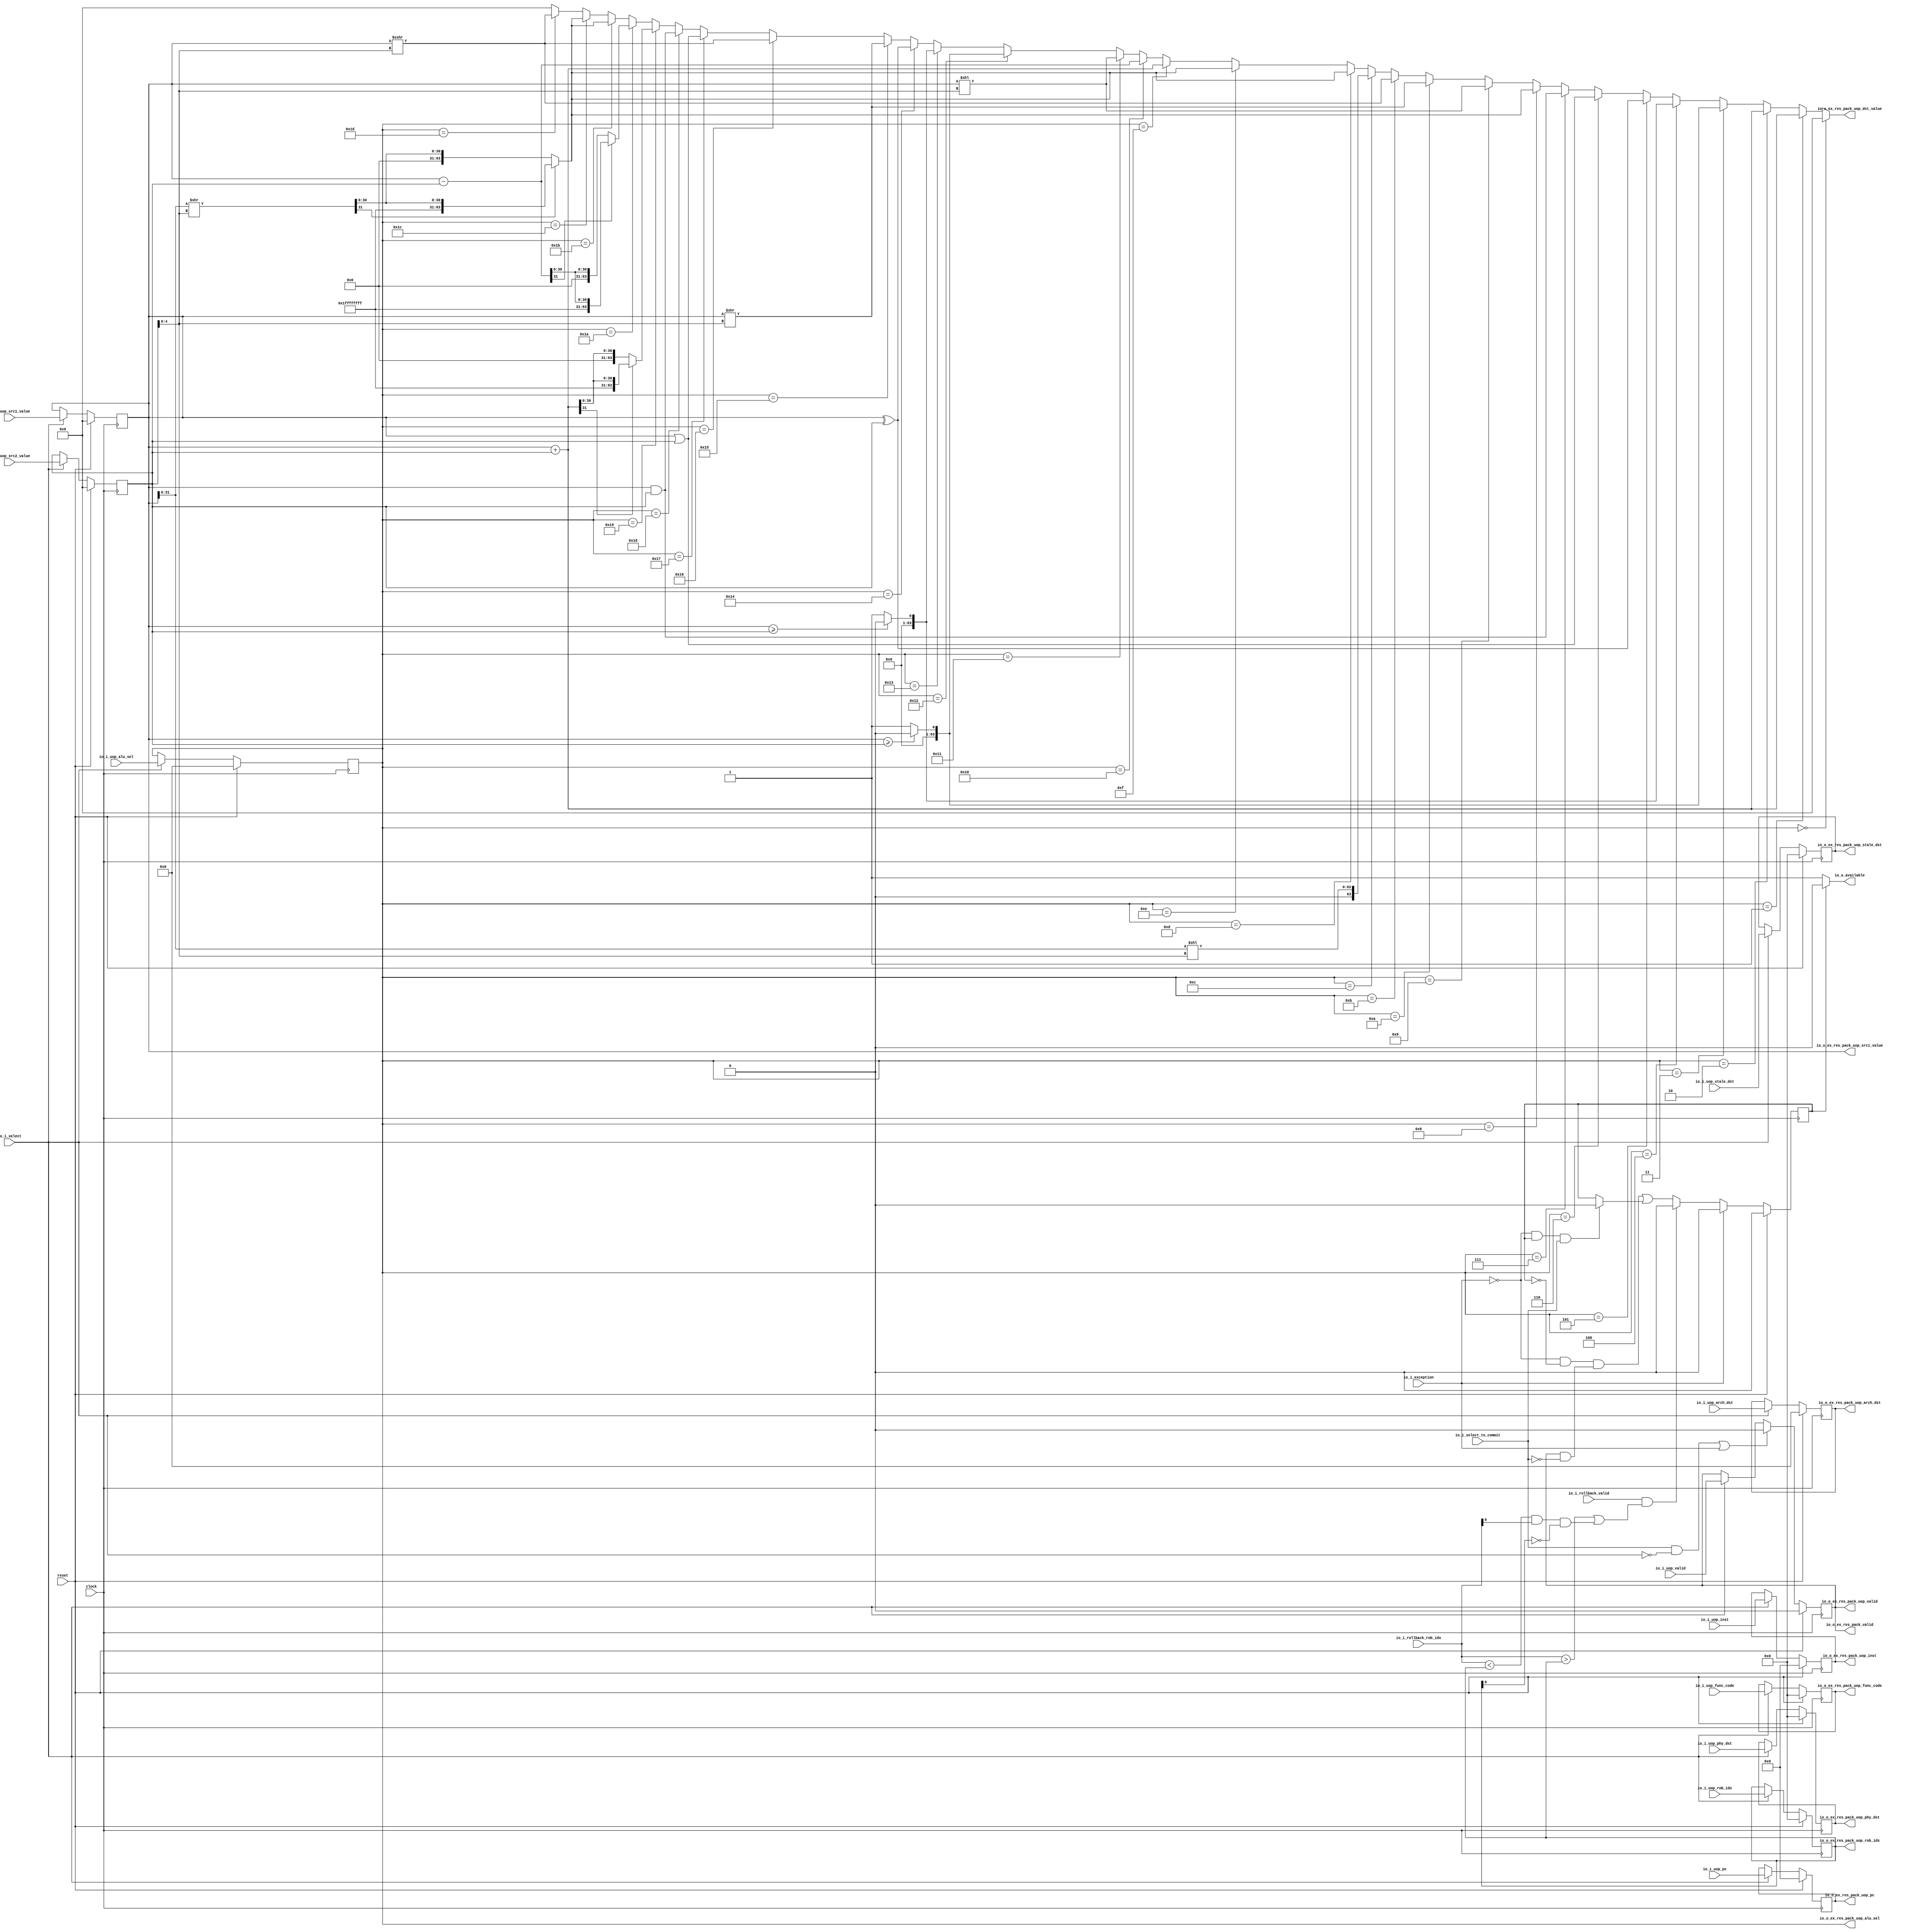
module ALU(
  input         clock,
  input         reset,
  input         io_i_uop_valid,
  input  [31:0] io_i_uop_pc,
  input  [31:0] io_i_uop_inst,
  input  [6:0]  io_i_uop_func_code,
  input  [6:0]  io_i_uop_phy_dst,
  input  [6:0]  io_i_uop_stale_dst,
  input  [4:0]  io_i_uop_arch_dst,
  input  [6:0]  io_i_uop_rob_idx,
  input  [63:0] io_i_uop_src1_value,
  input  [63:0] io_i_uop_src2_value,
  input  [4:0]  io_i_uop_alu_sel,
  input         io_i_select,
  input         io_i_select_to_commit,
  output        io_o_ex_res_pack_valid,
  output        io_o_ex_res_pack_uop_valid,
  output [31:0] io_o_ex_res_pack_uop_pc,
  output [31:0] io_o_ex_res_pack_uop_inst,
  output [6:0]  io_o_ex_res_pack_uop_func_code,
  output [6:0]  io_o_ex_res_pack_uop_phy_dst,
  output [6:0]  io_o_ex_res_pack_uop_stale_dst,
  output [4:0]  io_o_ex_res_pack_uop_arch_dst,
  output [6:0]  io_o_ex_res_pack_uop_rob_idx,
  output [63:0] io_o_ex_res_pack_uop_dst_value,
  output [63:0] io_o_ex_res_pack_uop_src1_value,
  output [4:0]  io_o_ex_res_pack_uop_alu_sel,
  output        io_o_available,
  input         io_i_exception,
  input         io_i_rollback_valid,
  input  [6:0]  io_i_rollback_rob_idx
);
`ifdef RANDOMIZE_REG_INIT
  reg [31:0] _RAND_0;
  reg [31:0] _RAND_1;
  reg [31:0] _RAND_2;
  reg [31:0] _RAND_3;
  reg [31:0] _RAND_4;
  reg [31:0] _RAND_5;
  reg [31:0] _RAND_6;
  reg [31:0] _RAND_7;
  reg [31:0] _RAND_8;
  reg [63:0] _RAND_9;
  reg [63:0] _RAND_10;
  reg [31:0] _RAND_11;
`endif // RANDOMIZE_REG_INIT
  reg  state; // @[execute_unit.scala 43:24]
  reg  uop_valid; // @[execute_unit.scala 46:22]
  reg [31:0] uop_pc; // @[execute_unit.scala 46:22]
  reg [31:0] uop_inst; // @[execute_unit.scala 46:22]
  reg [6:0] uop_func_code; // @[execute_unit.scala 46:22]
  reg [6:0] uop_phy_dst; // @[execute_unit.scala 46:22]
  reg [6:0] uop_stale_dst; // @[execute_unit.scala 46:22]
  reg [4:0] uop_arch_dst; // @[execute_unit.scala 46:22]
  reg [6:0] uop_rob_idx; // @[execute_unit.scala 46:22]
  reg [63:0] uop_src1_value; // @[execute_unit.scala 46:22]
  reg [63:0] uop_src2_value; // @[execute_unit.scala 46:22]
  reg [4:0] uop_alu_sel; // @[execute_unit.scala 46:22]
  wire  _io_o_ex_res_pack_uop_dst_value_T = uop_alu_sel == 5'h0; // @[execute_unit.scala 79:22]
  wire  _io_o_ex_res_pack_uop_dst_value_T_1 = uop_alu_sel == 5'h1; // @[execute_unit.scala 80:22]
  wire [63:0] _io_o_ex_res_pack_uop_dst_value_T_3 = uop_src1_value + uop_src2_value; // @[execute_unit.scala 80:48]
  wire  _io_o_ex_res_pack_uop_dst_value_T_4 = uop_alu_sel == 5'h2; // @[execute_unit.scala 81:22]
  wire  _io_o_ex_res_pack_uop_dst_value_T_7 = uop_alu_sel == 5'h3; // @[execute_unit.scala 82:22]
  wire  _io_o_ex_res_pack_uop_dst_value_T_11 = $signed(uop_src1_value) >= $signed(uop_src2_value) ? 1'h0 : 1'h1; // @[execute_unit.scala 82:46]
  wire  _io_o_ex_res_pack_uop_dst_value_T_12 = uop_alu_sel == 5'h4; // @[execute_unit.scala 83:22]
  wire  _io_o_ex_res_pack_uop_dst_value_T_14 = uop_src1_value >= uop_src2_value ? 1'h0 : 1'h1; // @[execute_unit.scala 83:45]
  wire  _io_o_ex_res_pack_uop_dst_value_T_15 = uop_alu_sel == 5'h5; // @[execute_unit.scala 84:22]
  wire [63:0] _io_o_ex_res_pack_uop_dst_value_T_16 = uop_src1_value ^ uop_src2_value; // @[execute_unit.scala 84:47]
  wire  _io_o_ex_res_pack_uop_dst_value_T_17 = uop_alu_sel == 5'h6; // @[execute_unit.scala 85:22]
  wire [63:0] _io_o_ex_res_pack_uop_dst_value_T_18 = uop_src1_value | uop_src2_value; // @[execute_unit.scala 85:47]
  wire  _io_o_ex_res_pack_uop_dst_value_T_19 = uop_alu_sel == 5'h7; // @[execute_unit.scala 86:22]
  wire [63:0] _io_o_ex_res_pack_uop_dst_value_T_20 = uop_src1_value & uop_src2_value; // @[execute_unit.scala 86:47]
  wire  _io_o_ex_res_pack_uop_dst_value_T_21 = uop_alu_sel == 5'h8; // @[execute_unit.scala 87:22]
  wire [31:0] _io_o_ex_res_pack_uop_dst_value_intermediate_T_17 = uop_src1_value[31:0] >> uop_src2_value[4:0]; // @[execute_unit.scala 107:75]
  wire [63:0] intermediate = {{32'd0}, _io_o_ex_res_pack_uop_dst_value_intermediate_T_17}; // @[execute_unit.scala 75:28 107:55]
  wire [63:0] _io_o_ex_res_pack_uop_dst_value_T_26 = {32'hffffffff,intermediate[31:0]}; // @[Cat.scala 33:92]
  wire [63:0] _io_o_ex_res_pack_uop_dst_value_T_27 = ~intermediate[31] ? {{32'd0}, intermediate[31:0]} :
    _io_o_ex_res_pack_uop_dst_value_T_26; // @[execute_unit.scala 87:80]
  wire  _io_o_ex_res_pack_uop_dst_value_T_28 = uop_alu_sel == 5'h9; // @[execute_unit.scala 88:22]
  wire [94:0] _GEN_0 = {{31'd0}, uop_src1_value}; // @[execute_unit.scala 88:53]
  wire [94:0] _io_o_ex_res_pack_uop_dst_value_T_31 = _GEN_0 << uop_src2_value[4:0]; // @[execute_unit.scala 88:53]
  wire  _io_o_ex_res_pack_uop_dst_value_T_32 = uop_alu_sel == 5'ha; // @[execute_unit.scala 89:22]
  wire [63:0] _io_o_ex_res_pack_uop_dst_value_T_35 = uop_src1_value >> uop_src2_value[4:0]; // @[execute_unit.scala 89:60]
  wire  _io_o_ex_res_pack_uop_dst_value_T_36 = uop_alu_sel == 5'hb; // @[execute_unit.scala 90:22]
  wire [63:0] _io_o_ex_res_pack_uop_dst_value_T_41 = $signed(uop_src1_value) >>> uop_src2_value[4:0]; // @[execute_unit.scala 90:73]
  wire  _io_o_ex_res_pack_uop_dst_value_T_42 = uop_alu_sel == 5'hc; // @[execute_unit.scala 91:22]
  wire [62:0] _GEN_2 = {{31'd0}, uop_src1_value[31:0]}; // @[execute_unit.scala 91:60]
  wire [62:0] _io_o_ex_res_pack_uop_dst_value_T_45 = _GEN_2 << uop_src2_value[4:0]; // @[execute_unit.scala 91:60]
  wire  _io_o_ex_res_pack_uop_dst_value_T_46 = uop_alu_sel == 5'hd; // @[execute_unit.scala 92:22]
  wire [63:0] _io_o_ex_res_pack_uop_dst_value_T_52 = intermediate[31] ? _io_o_ex_res_pack_uop_dst_value_T_26 : {{32
    'd0}, intermediate[31:0]}; // @[execute_unit.scala 92:99]
  wire  _io_o_ex_res_pack_uop_dst_value_T_53 = uop_alu_sel == 5'he; // @[execute_unit.scala 93:22]
  wire  _io_o_ex_res_pack_uop_dst_value_T_60 = uop_alu_sel == 5'hf; // @[execute_unit.scala 94:22]
  wire  _io_o_ex_res_pack_uop_dst_value_T_63 = uop_alu_sel == 5'h10; // @[execute_unit.scala 95:22]
  wire [63:0] _io_o_ex_res_pack_uop_dst_value_T_65 = uop_src1_value - uop_src2_value; // @[execute_unit.scala 95:47]
  wire  _io_o_ex_res_pack_uop_dst_value_T_66 = uop_alu_sel == 5'h11; // @[execute_unit.scala 96:22]
  wire  _io_o_ex_res_pack_uop_dst_value_T_70 = uop_alu_sel == 5'h12; // @[execute_unit.scala 97:22]
  wire  _io_o_ex_res_pack_uop_dst_value_T_75 = uop_alu_sel == 5'h13; // @[execute_unit.scala 98:22]
  wire  _io_o_ex_res_pack_uop_dst_value_T_78 = uop_alu_sel == 5'h14; // @[execute_unit.scala 99:22]
  wire  _io_o_ex_res_pack_uop_dst_value_T_80 = uop_alu_sel == 5'h15; // @[execute_unit.scala 100:22]
  wire  _io_o_ex_res_pack_uop_dst_value_T_83 = uop_alu_sel == 5'h16; // @[execute_unit.scala 101:22]
  wire  _io_o_ex_res_pack_uop_dst_value_T_88 = uop_alu_sel == 5'h17; // @[execute_unit.scala 102:22]
  wire  _io_o_ex_res_pack_uop_dst_value_T_90 = uop_alu_sel == 5'h18; // @[execute_unit.scala 103:22]
  wire  _io_o_ex_res_pack_uop_dst_value_T_92 = uop_alu_sel == 5'h19; // @[execute_unit.scala 104:22]
  wire [63:0] _io_o_ex_res_pack_uop_dst_value_T_103 = {32'hffffffff,_io_o_ex_res_pack_uop_dst_value_T_3[31:0]}; // @[Cat.scala 33:92]
  wire [63:0] _io_o_ex_res_pack_uop_dst_value_T_104 = ~_io_o_ex_res_pack_uop_dst_value_T_3[31] ? {{32'd0},
    _io_o_ex_res_pack_uop_dst_value_T_3[31:0]} : _io_o_ex_res_pack_uop_dst_value_T_103; // @[execute_unit.scala 104:45]
  wire  _io_o_ex_res_pack_uop_dst_value_T_105 = uop_alu_sel == 5'h1a; // @[execute_unit.scala 105:22]
  wire [63:0] _io_o_ex_res_pack_uop_dst_value_T_116 = {32'hffffffff,_io_o_ex_res_pack_uop_dst_value_T_65[31:0]}; // @[Cat.scala 33:92]
  wire [63:0] _io_o_ex_res_pack_uop_dst_value_T_117 = ~_io_o_ex_res_pack_uop_dst_value_T_65[31] ? {{32'd0},
    _io_o_ex_res_pack_uop_dst_value_T_65[31:0]} : _io_o_ex_res_pack_uop_dst_value_T_116; // @[execute_unit.scala 105:45]
  wire  _io_o_ex_res_pack_uop_dst_value_T_118 = uop_alu_sel == 5'h1b; // @[execute_unit.scala 106:22]
  wire  _io_o_ex_res_pack_uop_dst_value_T_125 = uop_alu_sel == 5'h1c; // @[execute_unit.scala 107:22]
  wire  _io_o_ex_res_pack_uop_dst_value_T_132 = uop_alu_sel == 5'h1d; // @[execute_unit.scala 108:22]
  wire [63:0] _io_o_ex_res_pack_uop_dst_value_T_137 = _io_o_ex_res_pack_uop_dst_value_T_132 ?
    _io_o_ex_res_pack_uop_dst_value_T_41 : 64'h0; // @[Mux.scala 101:16]
  wire [63:0] _io_o_ex_res_pack_uop_dst_value_T_138 = _io_o_ex_res_pack_uop_dst_value_T_125 ?
    _io_o_ex_res_pack_uop_dst_value_T_27 : _io_o_ex_res_pack_uop_dst_value_T_137; // @[Mux.scala 101:16]
  wire [63:0] _io_o_ex_res_pack_uop_dst_value_T_139 = _io_o_ex_res_pack_uop_dst_value_T_118 ?
    _io_o_ex_res_pack_uop_dst_value_T_27 : _io_o_ex_res_pack_uop_dst_value_T_138; // @[Mux.scala 101:16]
  wire [63:0] _io_o_ex_res_pack_uop_dst_value_T_140 = _io_o_ex_res_pack_uop_dst_value_T_105 ?
    _io_o_ex_res_pack_uop_dst_value_T_117 : _io_o_ex_res_pack_uop_dst_value_T_139; // @[Mux.scala 101:16]
  wire [63:0] _io_o_ex_res_pack_uop_dst_value_T_141 = _io_o_ex_res_pack_uop_dst_value_T_92 ?
    _io_o_ex_res_pack_uop_dst_value_T_104 : _io_o_ex_res_pack_uop_dst_value_T_140; // @[Mux.scala 101:16]
  wire [63:0] _io_o_ex_res_pack_uop_dst_value_T_142 = _io_o_ex_res_pack_uop_dst_value_T_90 ?
    _io_o_ex_res_pack_uop_dst_value_T_20 : _io_o_ex_res_pack_uop_dst_value_T_141; // @[Mux.scala 101:16]
  wire [63:0] _io_o_ex_res_pack_uop_dst_value_T_143 = _io_o_ex_res_pack_uop_dst_value_T_88 ?
    _io_o_ex_res_pack_uop_dst_value_T_18 : _io_o_ex_res_pack_uop_dst_value_T_142; // @[Mux.scala 101:16]
  wire [63:0] _io_o_ex_res_pack_uop_dst_value_T_144 = _io_o_ex_res_pack_uop_dst_value_T_83 ?
    _io_o_ex_res_pack_uop_dst_value_T_41 : _io_o_ex_res_pack_uop_dst_value_T_143; // @[Mux.scala 101:16]
  wire [63:0] _io_o_ex_res_pack_uop_dst_value_T_145 = _io_o_ex_res_pack_uop_dst_value_T_80 ?
    _io_o_ex_res_pack_uop_dst_value_T_35 : _io_o_ex_res_pack_uop_dst_value_T_144; // @[Mux.scala 101:16]
  wire [63:0] _io_o_ex_res_pack_uop_dst_value_T_146 = _io_o_ex_res_pack_uop_dst_value_T_78 ?
    _io_o_ex_res_pack_uop_dst_value_T_16 : _io_o_ex_res_pack_uop_dst_value_T_145; // @[Mux.scala 101:16]
  wire [63:0] _io_o_ex_res_pack_uop_dst_value_T_147 = _io_o_ex_res_pack_uop_dst_value_T_75 ? {{63'd0},
    _io_o_ex_res_pack_uop_dst_value_T_14} : _io_o_ex_res_pack_uop_dst_value_T_146; // @[Mux.scala 101:16]
  wire [63:0] _io_o_ex_res_pack_uop_dst_value_T_148 = _io_o_ex_res_pack_uop_dst_value_T_70 ? {{63'd0},
    _io_o_ex_res_pack_uop_dst_value_T_11} : _io_o_ex_res_pack_uop_dst_value_T_147; // @[Mux.scala 101:16]
  wire [94:0] _io_o_ex_res_pack_uop_dst_value_T_149 = _io_o_ex_res_pack_uop_dst_value_T_66 ?
    _io_o_ex_res_pack_uop_dst_value_T_31 : {{31'd0}, _io_o_ex_res_pack_uop_dst_value_T_148}; // @[Mux.scala 101:16]
  wire [94:0] _io_o_ex_res_pack_uop_dst_value_T_150 = _io_o_ex_res_pack_uop_dst_value_T_63 ? {{31'd0},
    _io_o_ex_res_pack_uop_dst_value_T_65} : _io_o_ex_res_pack_uop_dst_value_T_149; // @[Mux.scala 101:16]
  wire [94:0] _io_o_ex_res_pack_uop_dst_value_T_151 = _io_o_ex_res_pack_uop_dst_value_T_60 ? {{31'd0},
    _io_o_ex_res_pack_uop_dst_value_T_3} : _io_o_ex_res_pack_uop_dst_value_T_150; // @[Mux.scala 101:16]
  wire [94:0] _io_o_ex_res_pack_uop_dst_value_T_152 = _io_o_ex_res_pack_uop_dst_value_T_53 ? {{31'd0},
    _io_o_ex_res_pack_uop_dst_value_T_52} : _io_o_ex_res_pack_uop_dst_value_T_151; // @[Mux.scala 101:16]
  wire [94:0] _io_o_ex_res_pack_uop_dst_value_T_153 = _io_o_ex_res_pack_uop_dst_value_T_46 ? {{31'd0},
    _io_o_ex_res_pack_uop_dst_value_T_52} : _io_o_ex_res_pack_uop_dst_value_T_152; // @[Mux.scala 101:16]
  wire [94:0] _io_o_ex_res_pack_uop_dst_value_T_154 = _io_o_ex_res_pack_uop_dst_value_T_42 ? {{32'd0},
    _io_o_ex_res_pack_uop_dst_value_T_45} : _io_o_ex_res_pack_uop_dst_value_T_153; // @[Mux.scala 101:16]
  wire [94:0] _io_o_ex_res_pack_uop_dst_value_T_155 = _io_o_ex_res_pack_uop_dst_value_T_36 ? {{31'd0},
    _io_o_ex_res_pack_uop_dst_value_T_41} : _io_o_ex_res_pack_uop_dst_value_T_154; // @[Mux.scala 101:16]
  wire [94:0] _io_o_ex_res_pack_uop_dst_value_T_156 = _io_o_ex_res_pack_uop_dst_value_T_32 ? {{31'd0},
    _io_o_ex_res_pack_uop_dst_value_T_35} : _io_o_ex_res_pack_uop_dst_value_T_155; // @[Mux.scala 101:16]
  wire [94:0] _io_o_ex_res_pack_uop_dst_value_T_157 = _io_o_ex_res_pack_uop_dst_value_T_28 ?
    _io_o_ex_res_pack_uop_dst_value_T_31 : _io_o_ex_res_pack_uop_dst_value_T_156; // @[Mux.scala 101:16]
  wire [94:0] _io_o_ex_res_pack_uop_dst_value_T_158 = _io_o_ex_res_pack_uop_dst_value_T_21 ? {{31'd0},
    _io_o_ex_res_pack_uop_dst_value_T_27} : _io_o_ex_res_pack_uop_dst_value_T_157; // @[Mux.scala 101:16]
  wire [94:0] _io_o_ex_res_pack_uop_dst_value_T_159 = _io_o_ex_res_pack_uop_dst_value_T_19 ? {{31'd0},
    _io_o_ex_res_pack_uop_dst_value_T_20} : _io_o_ex_res_pack_uop_dst_value_T_158; // @[Mux.scala 101:16]
  wire [94:0] _io_o_ex_res_pack_uop_dst_value_T_160 = _io_o_ex_res_pack_uop_dst_value_T_17 ? {{31'd0},
    _io_o_ex_res_pack_uop_dst_value_T_18} : _io_o_ex_res_pack_uop_dst_value_T_159; // @[Mux.scala 101:16]
  wire [94:0] _io_o_ex_res_pack_uop_dst_value_T_161 = _io_o_ex_res_pack_uop_dst_value_T_15 ? {{31'd0},
    _io_o_ex_res_pack_uop_dst_value_T_16} : _io_o_ex_res_pack_uop_dst_value_T_160; // @[Mux.scala 101:16]
  wire [94:0] _io_o_ex_res_pack_uop_dst_value_T_162 = _io_o_ex_res_pack_uop_dst_value_T_12 ? {{94'd0},
    _io_o_ex_res_pack_uop_dst_value_T_14} : _io_o_ex_res_pack_uop_dst_value_T_161; // @[Mux.scala 101:16]
  wire [94:0] _io_o_ex_res_pack_uop_dst_value_T_163 = _io_o_ex_res_pack_uop_dst_value_T_7 ? {{94'd0},
    _io_o_ex_res_pack_uop_dst_value_T_11} : _io_o_ex_res_pack_uop_dst_value_T_162; // @[Mux.scala 101:16]
  wire [94:0] _io_o_ex_res_pack_uop_dst_value_T_164 = _io_o_ex_res_pack_uop_dst_value_T_4 ? {{31'd0},
    _io_o_ex_res_pack_uop_dst_value_T_3} : _io_o_ex_res_pack_uop_dst_value_T_163; // @[Mux.scala 101:16]
  wire [94:0] _io_o_ex_res_pack_uop_dst_value_T_165 = _io_o_ex_res_pack_uop_dst_value_T_1 ? {{31'd0},
    _io_o_ex_res_pack_uop_dst_value_T_3} : _io_o_ex_res_pack_uop_dst_value_T_164; // @[Mux.scala 101:16]
  wire [94:0] _io_o_ex_res_pack_uop_dst_value_T_166 = _io_o_ex_res_pack_uop_dst_value_T ? 95'h0 :
    _io_o_ex_res_pack_uop_dst_value_T_165; // @[Mux.scala 101:16]
  wire  _next_state_T_7 = io_i_rollback_rob_idx < uop_rob_idx & io_i_rollback_rob_idx[6] & ~uop_rob_idx[6]; // @[execute_unit.scala 117:84]
  wire  _next_state_T_9 = io_i_rollback_valid & (io_i_rollback_rob_idx > uop_rob_idx | _next_state_T_7); // @[execute_unit.scala 116:30]
  wire  _next_state_T_10 = ~io_i_exception; // @[execute_unit.scala 118:10]
  wire  _next_state_T_15 = ~io_i_exception & ~state & (uop_valid & ~io_i_select_to_commit); // @[execute_unit.scala 118:50]
  wire  _next_state_T_19 = _next_state_T_10 & state & io_i_select_to_commit; // @[execute_unit.scala 119:50]
  wire  _next_state_T_20 = _next_state_T_19 ? 1'h0 : state; // @[Mux.scala 101:16]
  wire  _next_state_T_22 = _next_state_T_9 ? 1'h0 : _next_state_T_15 | _next_state_T_20; // @[Mux.scala 101:16]
  wire  _next_state_T_23 = io_i_exception ? 1'h0 : _next_state_T_22; // @[Mux.scala 101:16]
  wire [1:0] next_state = {{1'd0}, _next_state_T_23}; // @[execute_unit.scala 114:16 44:26]
  wire [1:0] _GEN_1 = reset ? 2'h0 : next_state; // @[execute_unit.scala 43:{24,24} 45:11]
  assign io_o_ex_res_pack_valid = uop_valid; // @[execute_unit.scala 58:28]
  assign io_o_ex_res_pack_uop_valid = uop_valid; // @[execute_unit.scala 57:26]
  assign io_o_ex_res_pack_uop_pc = uop_pc; // @[execute_unit.scala 57:26]
  assign io_o_ex_res_pack_uop_inst = uop_inst; // @[execute_unit.scala 57:26]
  assign io_o_ex_res_pack_uop_func_code = uop_func_code; // @[execute_unit.scala 57:26]
  assign io_o_ex_res_pack_uop_phy_dst = uop_phy_dst; // @[execute_unit.scala 57:26]
  assign io_o_ex_res_pack_uop_stale_dst = uop_stale_dst; // @[execute_unit.scala 57:26]
  assign io_o_ex_res_pack_uop_arch_dst = uop_arch_dst; // @[execute_unit.scala 57:26]
  assign io_o_ex_res_pack_uop_rob_idx = uop_rob_idx; // @[execute_unit.scala 57:26]
  assign io_o_ex_res_pack_uop_dst_value = _io_o_ex_res_pack_uop_dst_value_T_166[63:0]; // @[execute_unit.scala 78:36]
  assign io_o_ex_res_pack_uop_src1_value = uop_src1_value; // @[execute_unit.scala 57:26]
  assign io_o_ex_res_pack_uop_alu_sel = uop_alu_sel; // @[execute_unit.scala 57:26]
  assign io_o_available = state ? 1'h0 : 1'h1; // @[execute_unit.scala 122:26]
  always @(posedge clock) begin
    state <= _GEN_1[0]; // @[execute_unit.scala 43:{24,24} 45:11]
    if (reset) begin // @[execute_unit.scala 46:22]
      uop_valid <= 1'h0; // @[execute_unit.scala 46:22]
    end else if (io_i_select_to_commit & ~io_i_select | io_i_exception) begin // @[execute_unit.scala 49:66]
      uop_valid <= 1'h0; // @[execute_unit.scala 50:23]
    end else if (io_i_select) begin // @[execute_unit.scala 48:20]
      uop_valid <= io_i_uop_valid;
    end
    if (reset) begin // @[execute_unit.scala 46:22]
      uop_pc <= 32'h0; // @[execute_unit.scala 46:22]
    end else if (io_i_select) begin // @[execute_unit.scala 48:20]
      uop_pc <= io_i_uop_pc;
    end
    if (reset) begin // @[execute_unit.scala 46:22]
      uop_inst <= 32'h0; // @[execute_unit.scala 46:22]
    end else if (io_i_select) begin // @[execute_unit.scala 48:20]
      uop_inst <= io_i_uop_inst;
    end
    if (reset) begin // @[execute_unit.scala 46:22]
      uop_func_code <= 7'h0; // @[execute_unit.scala 46:22]
    end else if (io_i_select) begin // @[execute_unit.scala 48:20]
      uop_func_code <= io_i_uop_func_code;
    end
    if (reset) begin // @[execute_unit.scala 46:22]
      uop_phy_dst <= 7'h0; // @[execute_unit.scala 46:22]
    end else if (io_i_select) begin // @[execute_unit.scala 48:20]
      uop_phy_dst <= io_i_uop_phy_dst;
    end
    if (reset) begin // @[execute_unit.scala 46:22]
      uop_stale_dst <= 7'h0; // @[execute_unit.scala 46:22]
    end else if (io_i_select) begin // @[execute_unit.scala 48:20]
      uop_stale_dst <= io_i_uop_stale_dst;
    end
    if (reset) begin // @[execute_unit.scala 46:22]
      uop_arch_dst <= 5'h0; // @[execute_unit.scala 46:22]
    end else if (io_i_select) begin // @[execute_unit.scala 48:20]
      uop_arch_dst <= io_i_uop_arch_dst;
    end
    if (reset) begin // @[execute_unit.scala 46:22]
      uop_rob_idx <= 7'h0; // @[execute_unit.scala 46:22]
    end else if (io_i_select) begin // @[execute_unit.scala 48:20]
      uop_rob_idx <= io_i_uop_rob_idx;
    end
    if (reset) begin // @[execute_unit.scala 46:22]
      uop_src1_value <= 64'h0; // @[execute_unit.scala 46:22]
    end else if (io_i_select) begin // @[execute_unit.scala 48:20]
      uop_src1_value <= io_i_uop_src1_value;
    end
    if (reset) begin // @[execute_unit.scala 46:22]
      uop_src2_value <= 64'h0; // @[execute_unit.scala 46:22]
    end else if (io_i_select) begin // @[execute_unit.scala 48:20]
      uop_src2_value <= io_i_uop_src2_value;
    end
    if (reset) begin // @[execute_unit.scala 46:22]
      uop_alu_sel <= 5'h0; // @[execute_unit.scala 46:22]
    end else if (io_i_select) begin // @[execute_unit.scala 48:20]
      uop_alu_sel <= io_i_uop_alu_sel;
    end
    `ifndef SYNTHESIS
    `ifdef PRINTF_COND
      if (`PRINTF_COND) begin
    `endif
        if (~reset & ~(uop_func_code == 7'h1 | uop_func_code == 7'h0)) begin
          $fwrite(32'h80000002,
            "Assertion failed: funccode is not alu\n    at execute_unit.scala:54 assert(uop.func_code ===FU_ALU || uop.func_code===0.U,\"funccode is not alu\")\n"
            ); // @[execute_unit.scala 54:11]
        end
    `ifdef PRINTF_COND
      end
    `endif
    `endif // SYNTHESIS
    `ifndef SYNTHESIS
    `ifdef STOP_COND
      if (`STOP_COND) begin
    `endif
        if (~reset & ~(uop_func_code == 7'h1 | uop_func_code == 7'h0)) begin
          $fatal; // @[execute_unit.scala 54:11]
        end
    `ifdef STOP_COND
      end
    `endif
    `endif // SYNTHESIS
  end
// Register and memory initialization
`ifdef RANDOMIZE_GARBAGE_ASSIGN
`define RANDOMIZE
`endif
`ifdef RANDOMIZE_INVALID_ASSIGN
`define RANDOMIZE
`endif
`ifdef RANDOMIZE_REG_INIT
`define RANDOMIZE
`endif
`ifdef RANDOMIZE_MEM_INIT
`define RANDOMIZE
`endif
`ifndef RANDOM
`define RANDOM $random
`endif
`ifdef RANDOMIZE_MEM_INIT
  integer initvar;
`endif
`ifndef SYNTHESIS
`ifdef FIRRTL_BEFORE_INITIAL
`FIRRTL_BEFORE_INITIAL
`endif
initial begin
  `ifdef RANDOMIZE
    `ifdef INIT_RANDOM
      `INIT_RANDOM
    `endif
    `ifndef VERILATOR
      `ifdef RANDOMIZE_DELAY
        #`RANDOMIZE_DELAY begin end
      `else
        #0.002 begin end
      `endif
    `endif
`ifdef RANDOMIZE_REG_INIT
  _RAND_0 = {1{`RANDOM}};
  state = _RAND_0[0:0];
  _RAND_1 = {1{`RANDOM}};
  uop_valid = _RAND_1[0:0];
  _RAND_2 = {1{`RANDOM}};
  uop_pc = _RAND_2[31:0];
  _RAND_3 = {1{`RANDOM}};
  uop_inst = _RAND_3[31:0];
  _RAND_4 = {1{`RANDOM}};
  uop_func_code = _RAND_4[6:0];
  _RAND_5 = {1{`RANDOM}};
  uop_phy_dst = _RAND_5[6:0];
  _RAND_6 = {1{`RANDOM}};
  uop_stale_dst = _RAND_6[6:0];
  _RAND_7 = {1{`RANDOM}};
  uop_arch_dst = _RAND_7[4:0];
  _RAND_8 = {1{`RANDOM}};
  uop_rob_idx = _RAND_8[6:0];
  _RAND_9 = {2{`RANDOM}};
  uop_src1_value = _RAND_9[63:0];
  _RAND_10 = {2{`RANDOM}};
  uop_src2_value = _RAND_10[63:0];
  _RAND_11 = {1{`RANDOM}};
  uop_alu_sel = _RAND_11[4:0];
`endif // RANDOMIZE_REG_INIT
  `endif // RANDOMIZE
end // initial
`ifdef FIRRTL_AFTER_INITIAL
`FIRRTL_AFTER_INITIAL
`endif
`endif // SYNTHESIS
endmodule